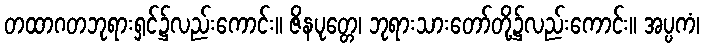
တထာဂတဘုရားရှင်၌လည်းကောင်း။ ဇိနပုတ္တေ၊ ဘုရားသားတော်တို့၌လည်းကောင်း။ အပ္ပကံ၊